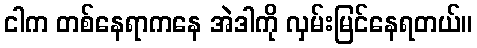
ငါက တစ်နေရာကနေ အဲဒါကို လှမ်းမြင်နေရတယ်။